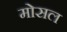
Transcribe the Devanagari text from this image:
मोसल